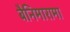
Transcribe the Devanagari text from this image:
बैनिमारामा